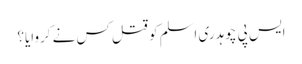
ایس پی چوہدری اسلم کو قتل کس نے کروایا؟